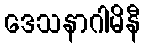
ဒေသနာဂါမိနီ